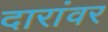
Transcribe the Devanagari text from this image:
दारांवर